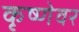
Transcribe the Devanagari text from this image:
कृष्णेवर